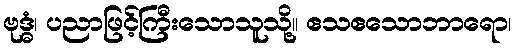
ဗုဒ္ဓံ၊ ပညာဖြင့်ကြီးသောသူသို့။ ဧသဧသောဘာရော၊